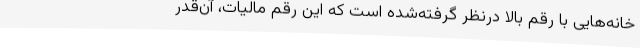
خانه‌هایی با رقم بالا درنظر گرفته‌شده‌ است که این رقم مالیات، آن‌قدر